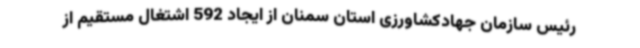
رئیس سازمان جهادکشاورزی استان سمنان از ایجاد 592 اشتغال مستقیم از